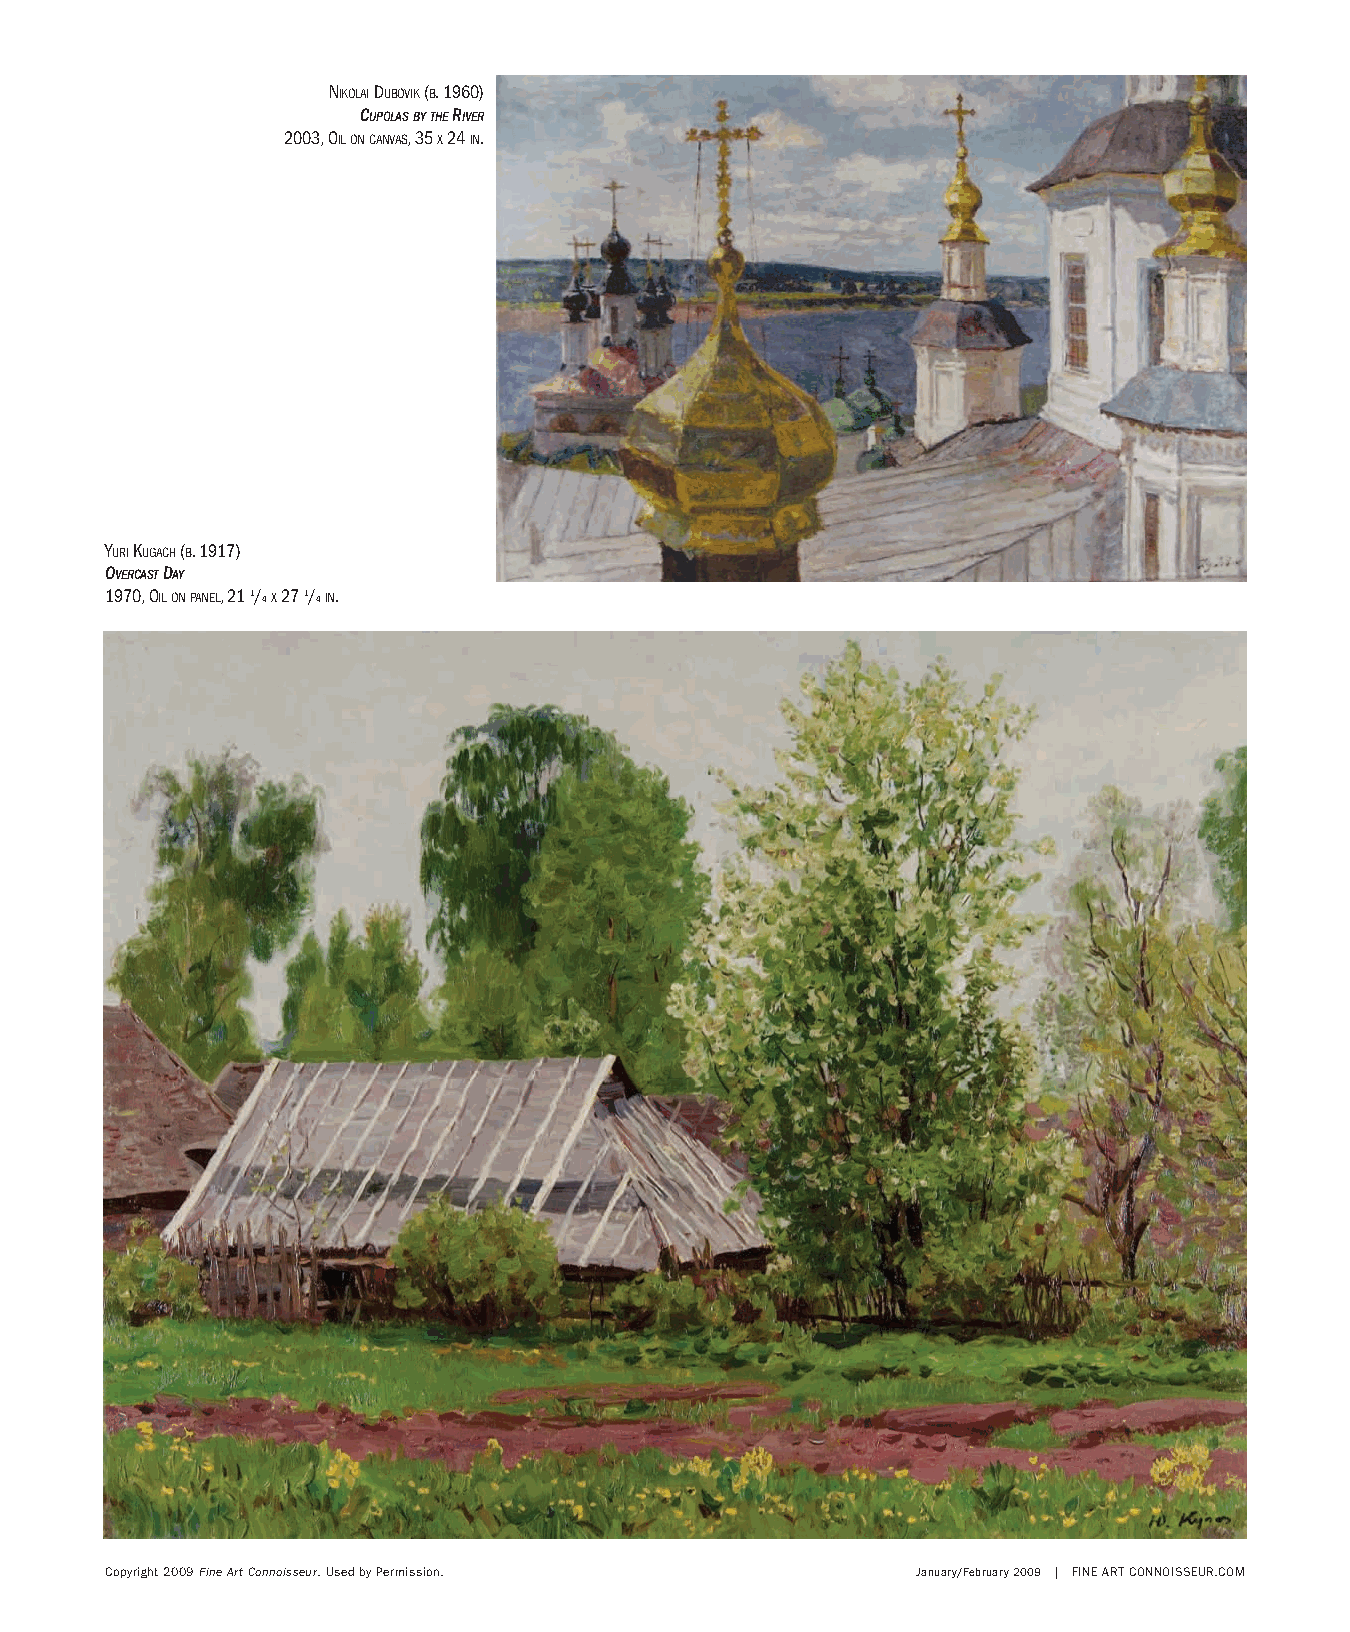
NIKOLAIDUBOVIK(B. 1960)
 CUPOLASBYTHERIVER
 2003, OILONCANVAS, 35 X24 IN.
 YURIKUGACH(B. 1917)
 OVERCASTDAY
 1970, OILONPANEL, 21 1/ 4X27 1/ 4IN.
 Copyright 2009 Fine Art Connoisseur. Used by Permission. January/February 2009 | FINE ART CONNOISSEUR.COM